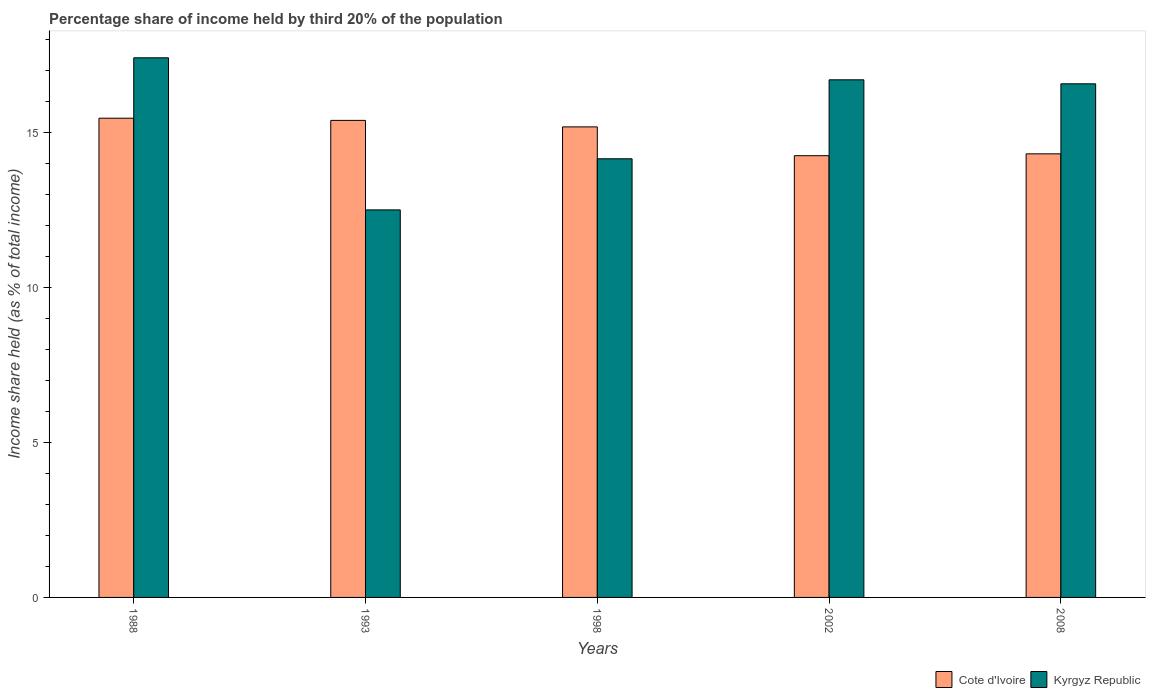
| Years | Cote d'Ivoire | Kyrgyz Republic |
 | --- | --- | --- |
 | 1988 | 15.5 | 17.4 |
 | 1993 | 15.4 | 12.5 |
 | 1998 | 15.2 | 14.2 |
 | 2002 | 14.3 | 16.7 |
 | 2008 | 14.3 | 16.6 |